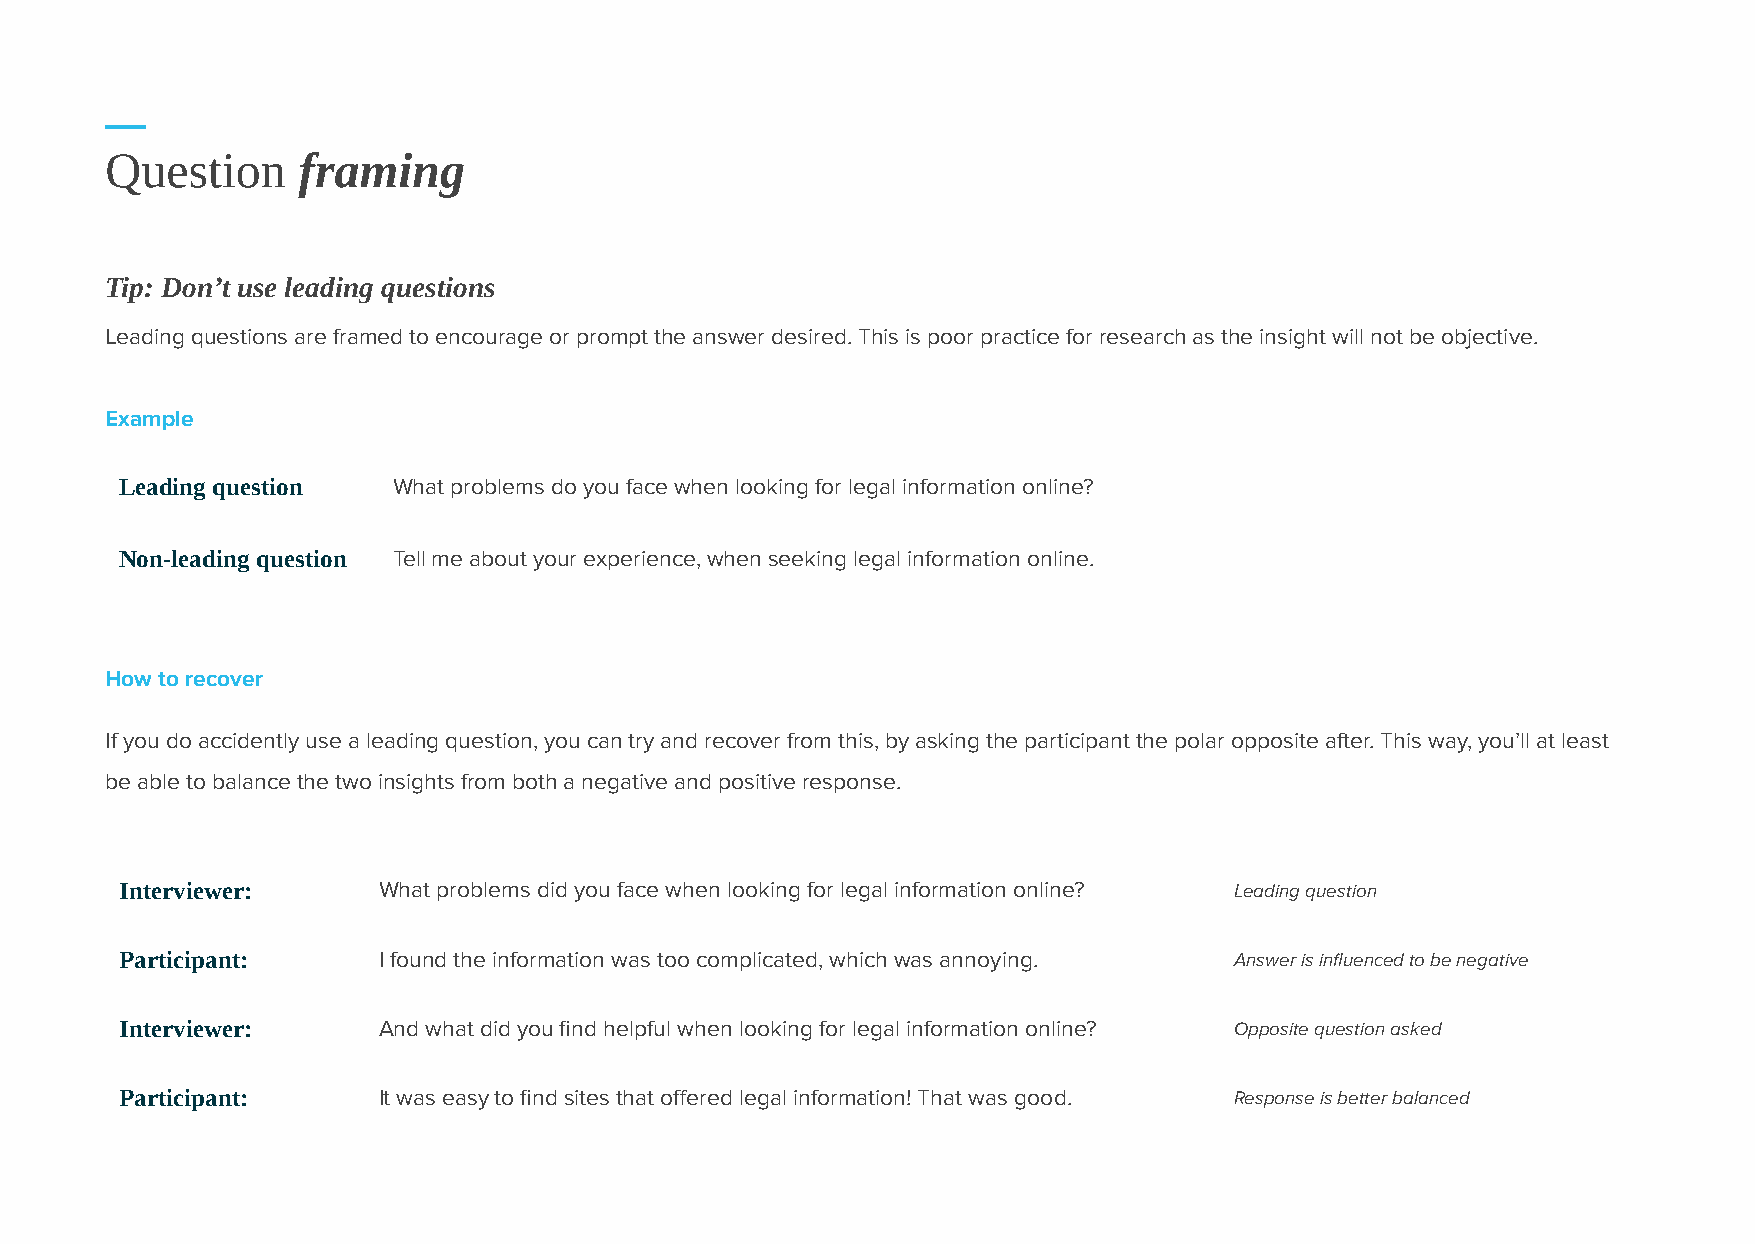
Question     framing
 Tip: Don’t use leading questions
 Leading questions are framed to encourage or prompt the answer desired. This is poor practice for research as the insight will not be objective.
 Example
 Leading question  What problems do you face when looking for legal information online?
 Non-leading question Tell me about your experience, when seeking legal information online.
 How to recover
 If you do accidently use a leading question, you can try and recover from this, by asking the participant the polar opposite after. This way, you’ll at least
 be able to balance the two insights from both a negative and positive response.
 Interviewer:     What problems did you face when looking for legal information online? Leading question
 Participant:     I found the information was too complicated, which was annoying. Answer is influenced to be negative
 Interviewer:     And what did you find helpful when looking for legal information online? Opposite question asked
 Participant:     It was easy to find sites that offered legal information! That was good. Response is better balanced